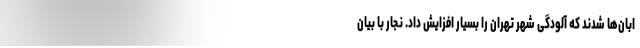
ابان‌ها شدند که آلودگی شهر تهران را بسیار افزایش داد. نجار با بیان